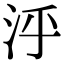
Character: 泘